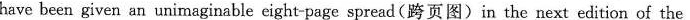
have been given an unimaginable eight-page spread(跨页图)in the next edition of the